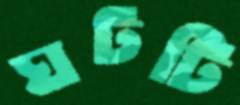
ঘটটি